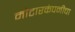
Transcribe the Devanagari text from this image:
मोटारकंपनीचा